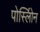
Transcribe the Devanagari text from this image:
पोर्स्लोिन